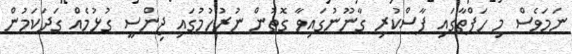
ނަމަވެސް މި ހަފްތާގައި ފާސްކުރި ގާނޫނުގައިވާ ގޮތުން ނުރުހުމުގައި ޖިންސީ ގުޅުމެއް ގަދަކަމުން